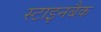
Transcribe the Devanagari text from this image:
स्टाइनबैक